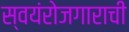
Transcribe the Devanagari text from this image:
स्वयंरोजगाराची